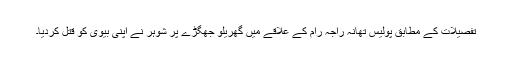
تفصیلات کے مطابق پولیس تھانہ راجہ رام کے علاقے میں گھریلو جھگڑے پر شوہر نے اپنی بیوی کو قتل کردیا۔